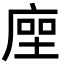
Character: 𢉰